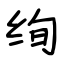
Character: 绚